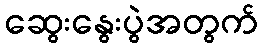
ဆွေးနွေးပွဲအတွက်